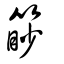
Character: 篎